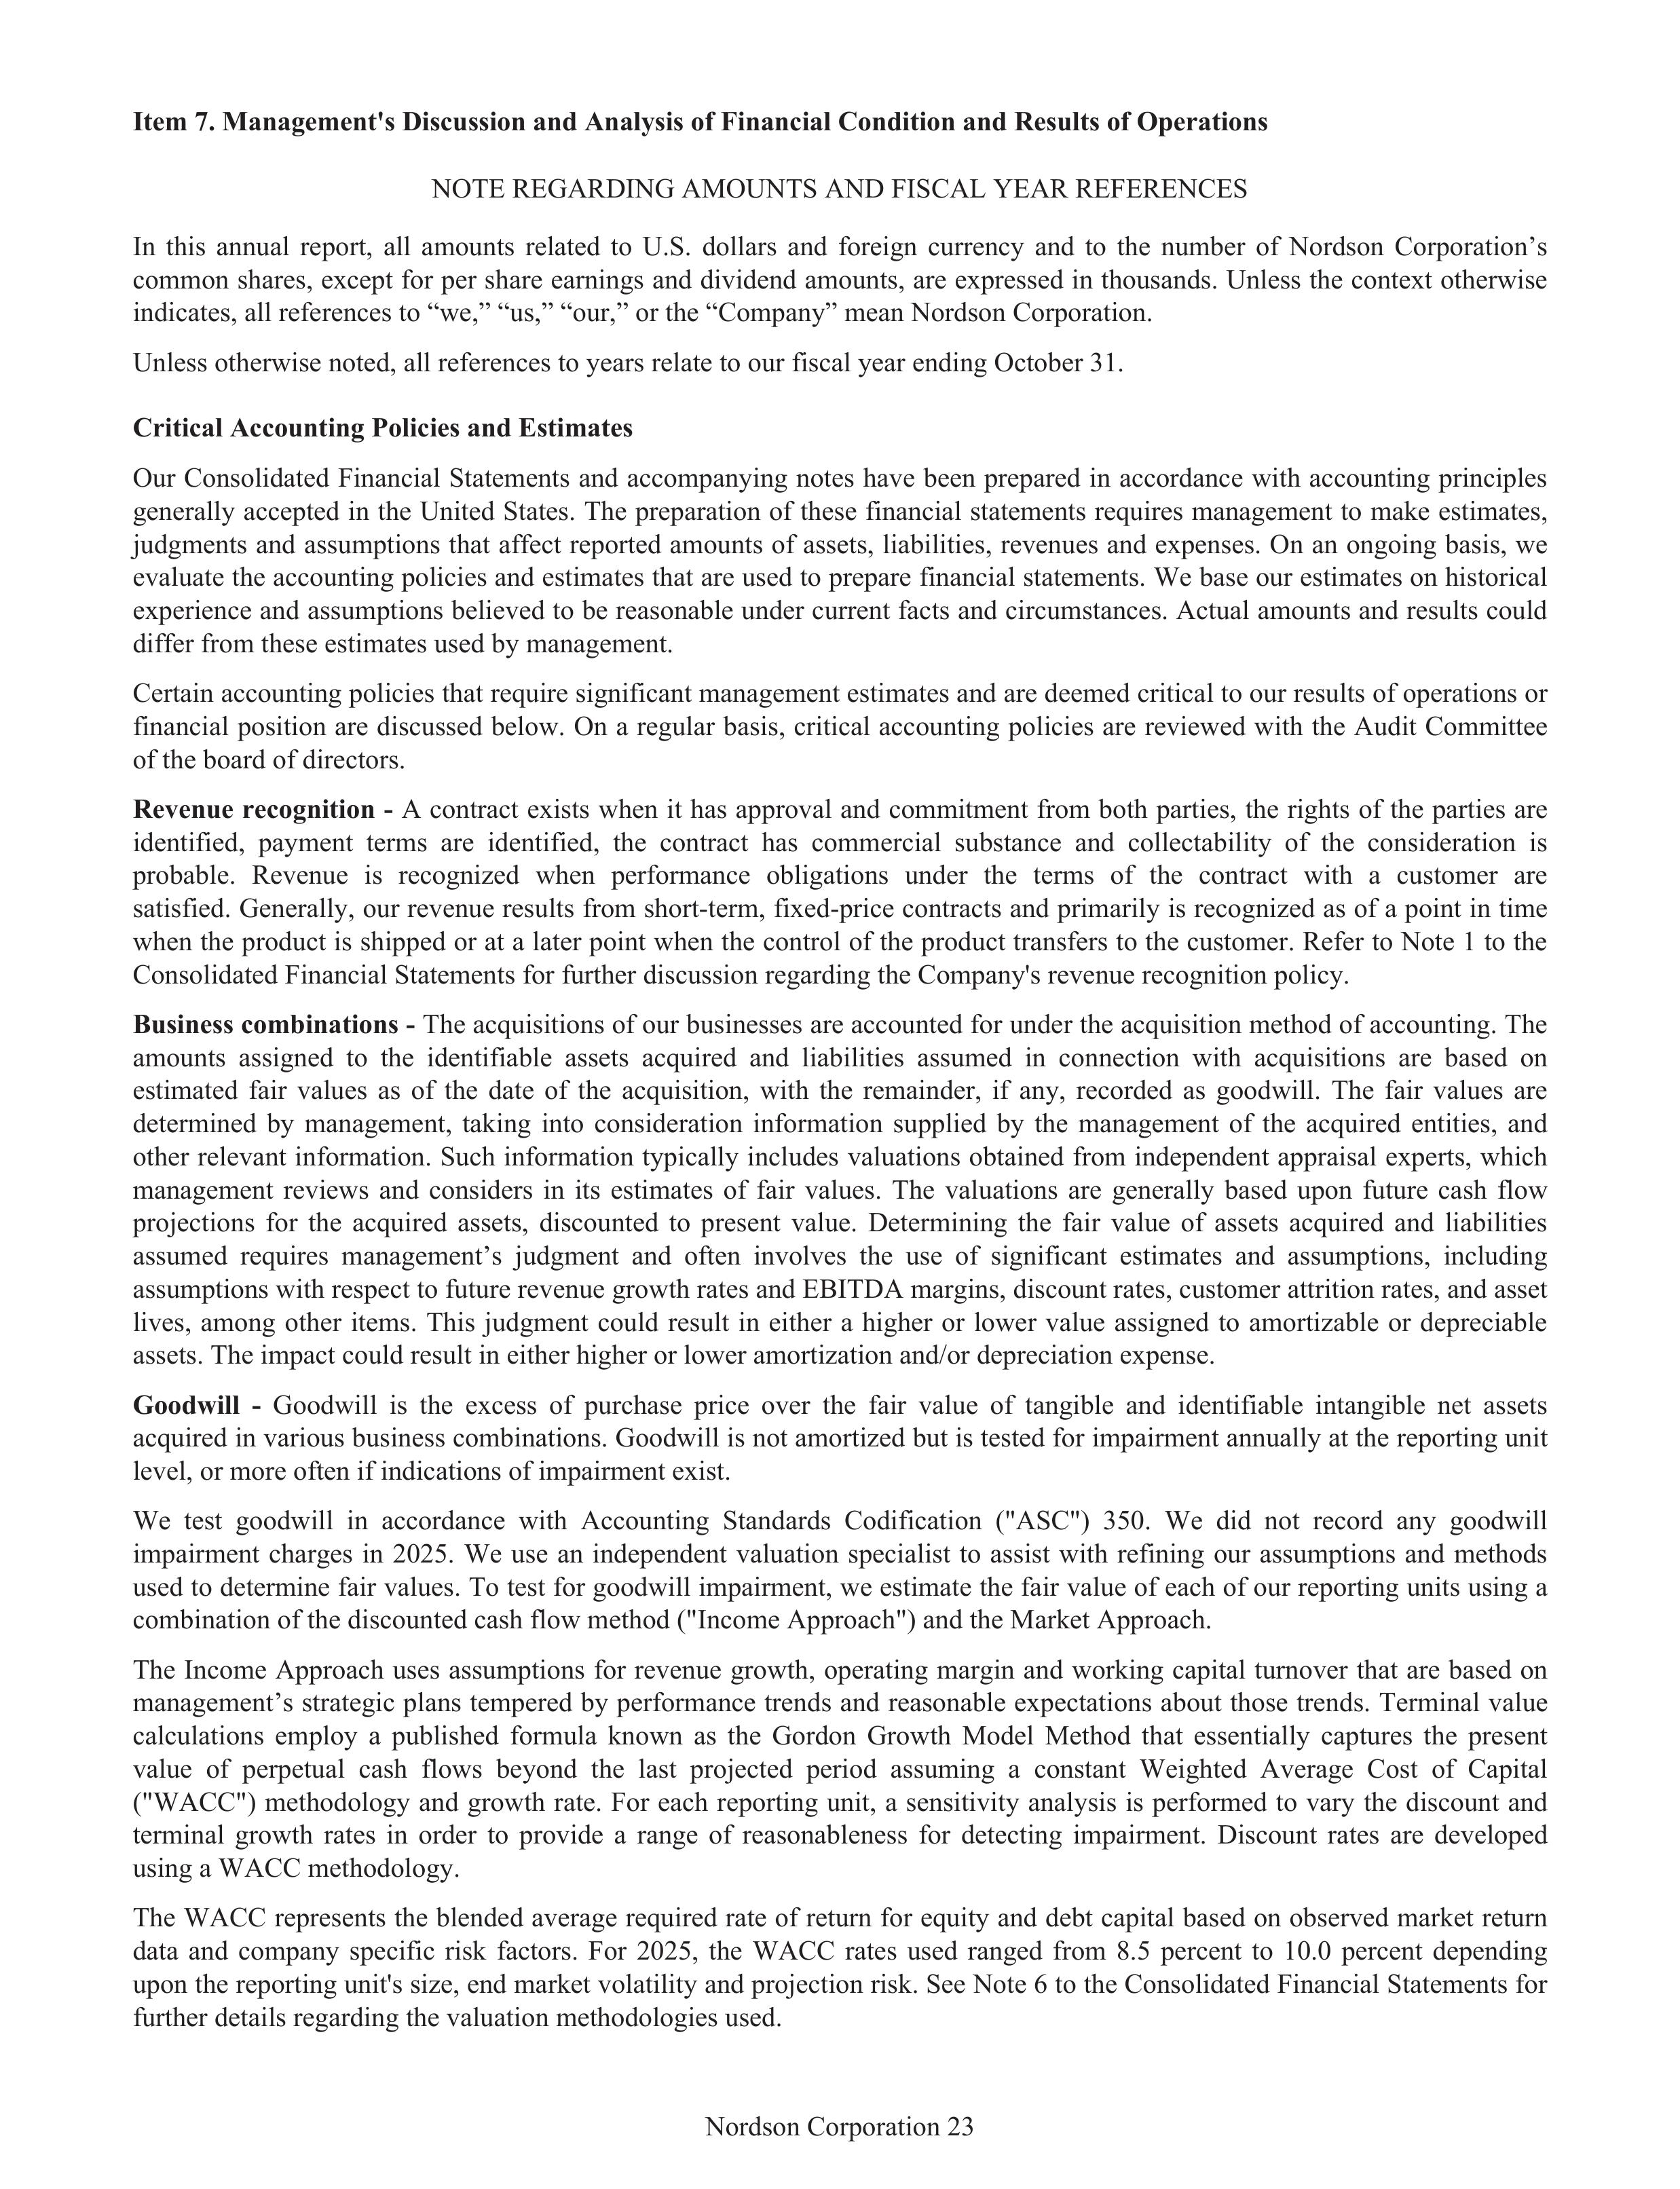
Item 7. Management’s Discussion and Analysis of Financial Condition and Results of Operations

NOTE REGARDING AMOUNTS AND FISCAL YEAR REFERENCES

In this annual report, all amounts related to U.S. dollars and foreign currency and to the number of Nordson Corporation’s
common shares, except for per share earnings and dividend amounts, are expressed in thousands. Unless the context otherwise
indicates, all references to “we,” “us,” “our,” or the “Company” mean Nordson Corporation.

Unless otherwise noted, all references to years relate to our fiscal year ending October 31.

Critical Accounting Policies and Estimates

Our Consolidated Financial Statements and accompanying notes have been prepared in accordance with accounting principles
generally accepted in the United States. The preparation of these financial statements requires management to make estimates,
judgments and assumptions that affect reported amounts of assets, liabilities, revenues and expenses. On an ongoing basis, we
evaluate the accounting policies and estimates that are used to prepare financial statements. We base our estimates on historical
experience and assumptions believed to be reasonable under current facts and circumstances. Actual amounts and results could
differ from these estimates used by management.

Certain accounting policies that require significant management estimates and are deemed critical to our results of operations or
financial position are discussed below. On a regular basis, critical accounting policies are reviewed with the Audit Committee
of the board of directors.

Revenue recognition - A contract exists when it has approval and commitment from both parties, the rights of the parties are
identified, payment terms are identified, the contract has commercial substance and collectability of the consideration is
probable. Revenue is recognized when performance obligations under the terms of the contract with a customer are
satisfied. Generally, our revenue results from short-term, fixed-price contracts and primarily is recognized as of a point in time
when the product is shipped or at a later point when the control of the product transfers to the customer. Refer to Note 1 to the
Consolidated Financial Statements for further discussion regarding the Company’s revenue recognition policy.

Business combinations - The acquisitions of our businesses are accounted for under the acquisition method of accounting.
The
amounts assigned to the identifiable assets acquired and liabilities assumed in connection with acquisitions are based on
estimated fair values as of the date of the acquisition, with the remainder, if any, recorded as goodwill.
The fair values are
determined by management, taking into consideration information supplied by the management of the acquired entities, and
other relevant information. Such information typically includes valuations obtained from independent appraisal experts, which
management reviews and considers in its estimates of fair values. The valuations are generally based upon future cash flow
projections for the acquired assets, discounted to present value. Determining the fair value of assets acquired and liabilities
assumed requires management’s judgment and often involves the use of significant estimates and assumptions, including
assumptions with respect to future revenue growth rates and EBITDA margins, discount rates, customer attrition rates, and asset
lives, among other items. This judgment could result in either a higher or lower value assigned to amortizable or depreciable
assets. The impact could result in either higher or lower amortization and/or depreciation expense.

Goodwill - Goodwill is the excess of purchase price over the fair value of tangible and identifiable intangible net assets
acquired in various business combinations. Goodwill is not amortized but is tested for impairment annually at the reporting unit
level, or more often if indications of impairment exist.

We test goodwill in accordance with Accounting Standards Codification (“ASC”) 350. We did not record any goodwill
impairment charges in 2025. We use an independent valuation specialist to assist with refining our assumptions and methods
used to determine fair values. To test for goodwill impairment, we estimate the fair value of each of our reporting units using a
combination of the discounted cash flow method (“Income Approach”) and the Market Approach.

The Income Approach uses assumptions for revenue growth, operating margin and working capital turnover that are based on
management’s strategic plans tempered by performance trends and reasonable expectations about those trends. Terminal value
calculations employ a published formula known as the Gordon Growth Model Method that essentially captures the present
value of perpetual cash flows beyond the last projected period assuming a constant Weighted Average Cost of Capital
(“WACC”) methodology and growth rate. For each reporting unit, a sensitivity analysis is performed to vary the discount and
terminal growth rates in order to provide a range of reasonableness for detecting impairment. Discount rates are developed
using a WACC methodology.

The WACC represents the blended average required rate of return for debt and capital based on observed market return
data and company specific risk factors. For 2025, the WACC rates used ranged from 8.5 percent to 10.0 percent depending
upon the reporting unit’s size, end market volatility and projection risk. See Note 6 to the Consolidated Financial Statements for
further details regarding the valuation methodologies used.

Nordson Corporation 23